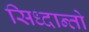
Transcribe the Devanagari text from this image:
सिध्दान्तो